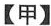
【甲】